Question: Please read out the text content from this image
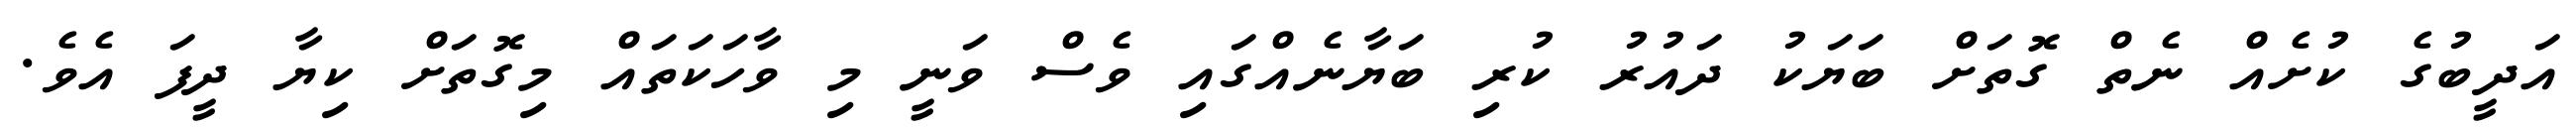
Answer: އަދީބުގެ ކުށެއް ނެތް ގޮތަށް ބަޔަކު ދައުރު ކުރި ބަޔާނެއްގައި ވެސް ވަނީ މި ވާހަކަތައް މިގޮތަށް ކިޔާ ދީފަ އެވެ.